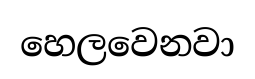
හෙලවෙනවා